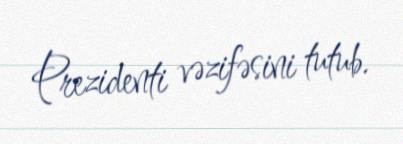
Prezidenti vəzifəsini tutub.